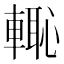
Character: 𮝡